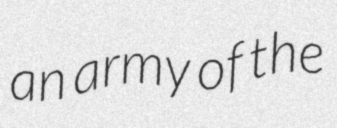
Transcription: an army of the